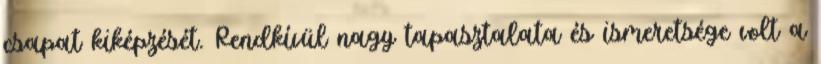
csapat kiképzését. Rendkívül nagy tapasztalata és ismeretsége volt a